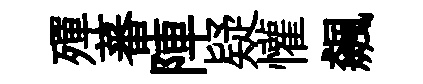
殫蕃陣疑懽飆